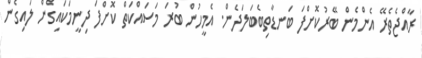
ރާއްޖެތެރޭ އެންމެން ބޭރުކޮށްފަ ބަނޑާތިބެބަލަދެން. އެމީހުން ބުރަ މަސައްކަތް ކޮށްފަ ދިނީމަކައިގެން ލައިގެން